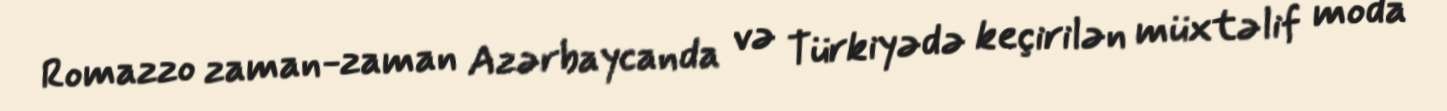
Romazzo zaman-zaman Azərbaycanda və Türkiyədə keçirilən müxtəlif moda